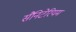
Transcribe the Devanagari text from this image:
सैनिटेरियम